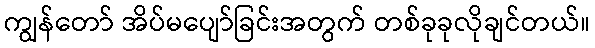
ကျွန်တော် အိပ်မပျော်ခြင်းအတွက် တစ်ခုခုလိုချင်တယ်။